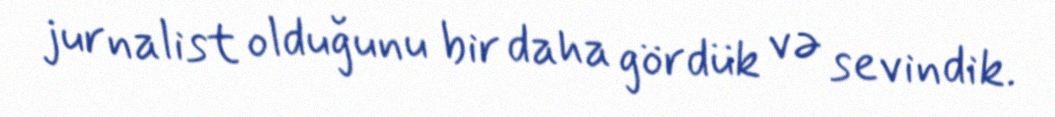
jurnalist olduğunu bir daha gördük və sevindik.